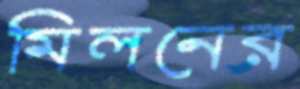
মিলনের